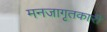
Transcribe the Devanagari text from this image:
मनजागृतकारी